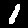
Digit: 1